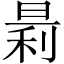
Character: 𪰬